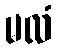
မလံ